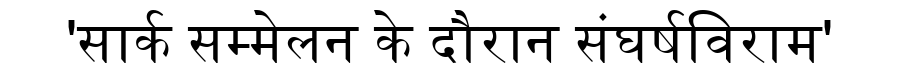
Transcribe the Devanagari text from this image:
'सार्क सम्मेलन के दौरान संघर्षविराम'